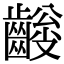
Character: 𪙅